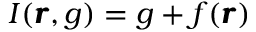
I ( \pmb { r } , g ) = g + f ( \pmb { r } )